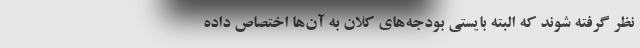
نظر گرفته شوند که البته بایستی بودجه‌های کلان به آن‌ها اختصاص داده